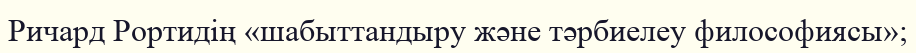
Ричард Рортидің «шабыттандыру және тәрбиелеу философиясы»;